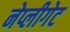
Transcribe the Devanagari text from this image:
नेप्लीगेट